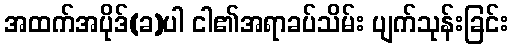
အထက်အပိုဒ်(ခ)ပါ ငါ၏အရာခပ်သိမ်း ပျက်သုန်းခြင်း